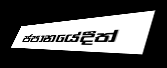
ජපානයේදීත්